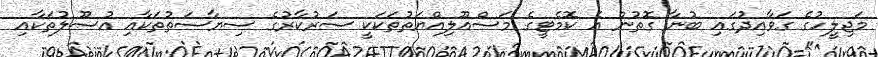
މަޖިލީހުގެ ގަވާއިދުގައި ބުނާ ގޮތުން އެ ކޮމެޓީގެ މަސްއޫލިއްޔަތުތަކަކީ ސަރުކާރުގެ ސިޔާސަތުތަކާއި އުސޫލުތަކާއި